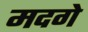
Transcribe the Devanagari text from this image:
मदगे